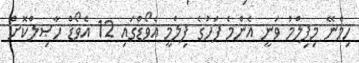
ހިމެނޭ މިފިލްމު ވަނީ އެންމެ ފަހުގެ ފިލްމީ އެވޯޑްގައި 12 އެވޯޑް ހާޞިލްކޮށް